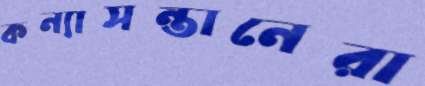
কন্যাসন্তানেরা